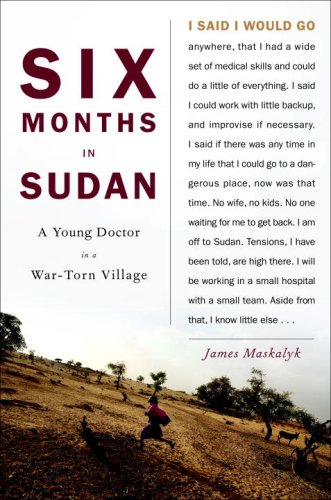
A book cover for Six Months in Sudan: A Young Doctor in a War-Torn Village; Dr. James Maskalyk; Travel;